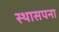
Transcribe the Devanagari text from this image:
स्थासपना